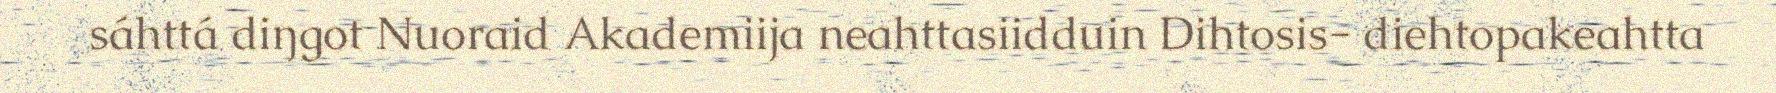
sáhttá diŋgot Nuoraid Akademiija neahttasiidduin Dihtosis- diehtopakeahtta